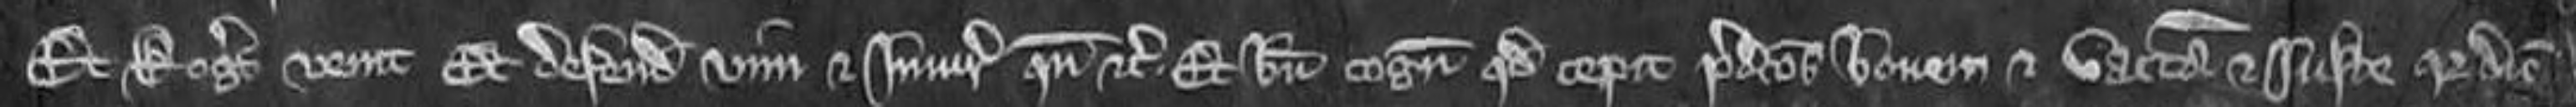
Et Rogerus venit Et defendit vim et injuriam quando etc. Et bene cognoscit quod cepit predictos bovem et vaccam et juste quia dicit